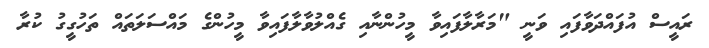
ރައީސް އުފައްދަވާފައި ވަނީ "މަރާލާފައިވާ މީހުންނާއި ގެއްލުވާލާފައިވާ މީހުންގެ މައްސަލަތައް ތަހުގީގު ކުރާ